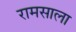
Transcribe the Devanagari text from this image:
रामसाला